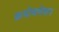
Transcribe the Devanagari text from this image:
क्रयोबलेशन